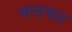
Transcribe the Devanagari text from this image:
मन्टफट